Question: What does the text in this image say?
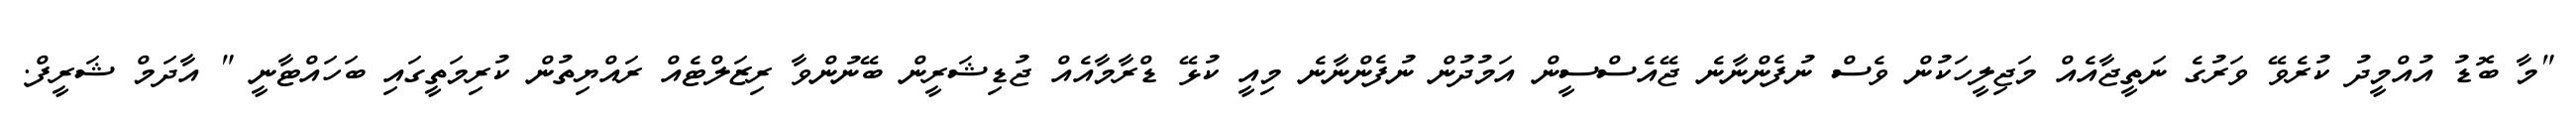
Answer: "މާ ބޮޑު އުއްމީދު ކުރެވޭ ވަރުގެ ނަތީޖާއެއް މަޖިލީހަކުން ވެސް ނުފެންނާނެ ޖޭއެސްސީން އަމުދުން ނުފެންނާނެ މިއީ ކުޅޭ ޑްރާމާއެއް ޖުޑިޝަރީން ބޭނުންވާ ރިޒަލްޓެއް ރައްޔިތުން ކުރިމަތީގައި ބަހައްޓާނީ " އާދަމް ޝަރީފް.